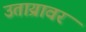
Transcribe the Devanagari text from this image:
उताय्रावर